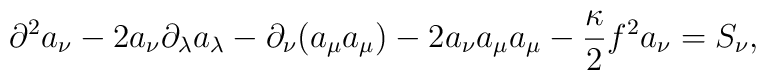
\partial ^2 a_\nu-2a_\nu \partial _\lambda a_\lambda-\partial_\nu (a_\mu a_\mu )-2a_\nu a_\mu a_\mu-\frac{\kappa }{2}f^2a_\nu=S_\nu,